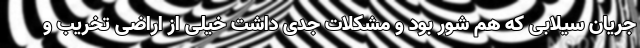
جریان سیلابی که هم شور بود و مشکلات جدی داشت خیلی از اراضی تخریب و